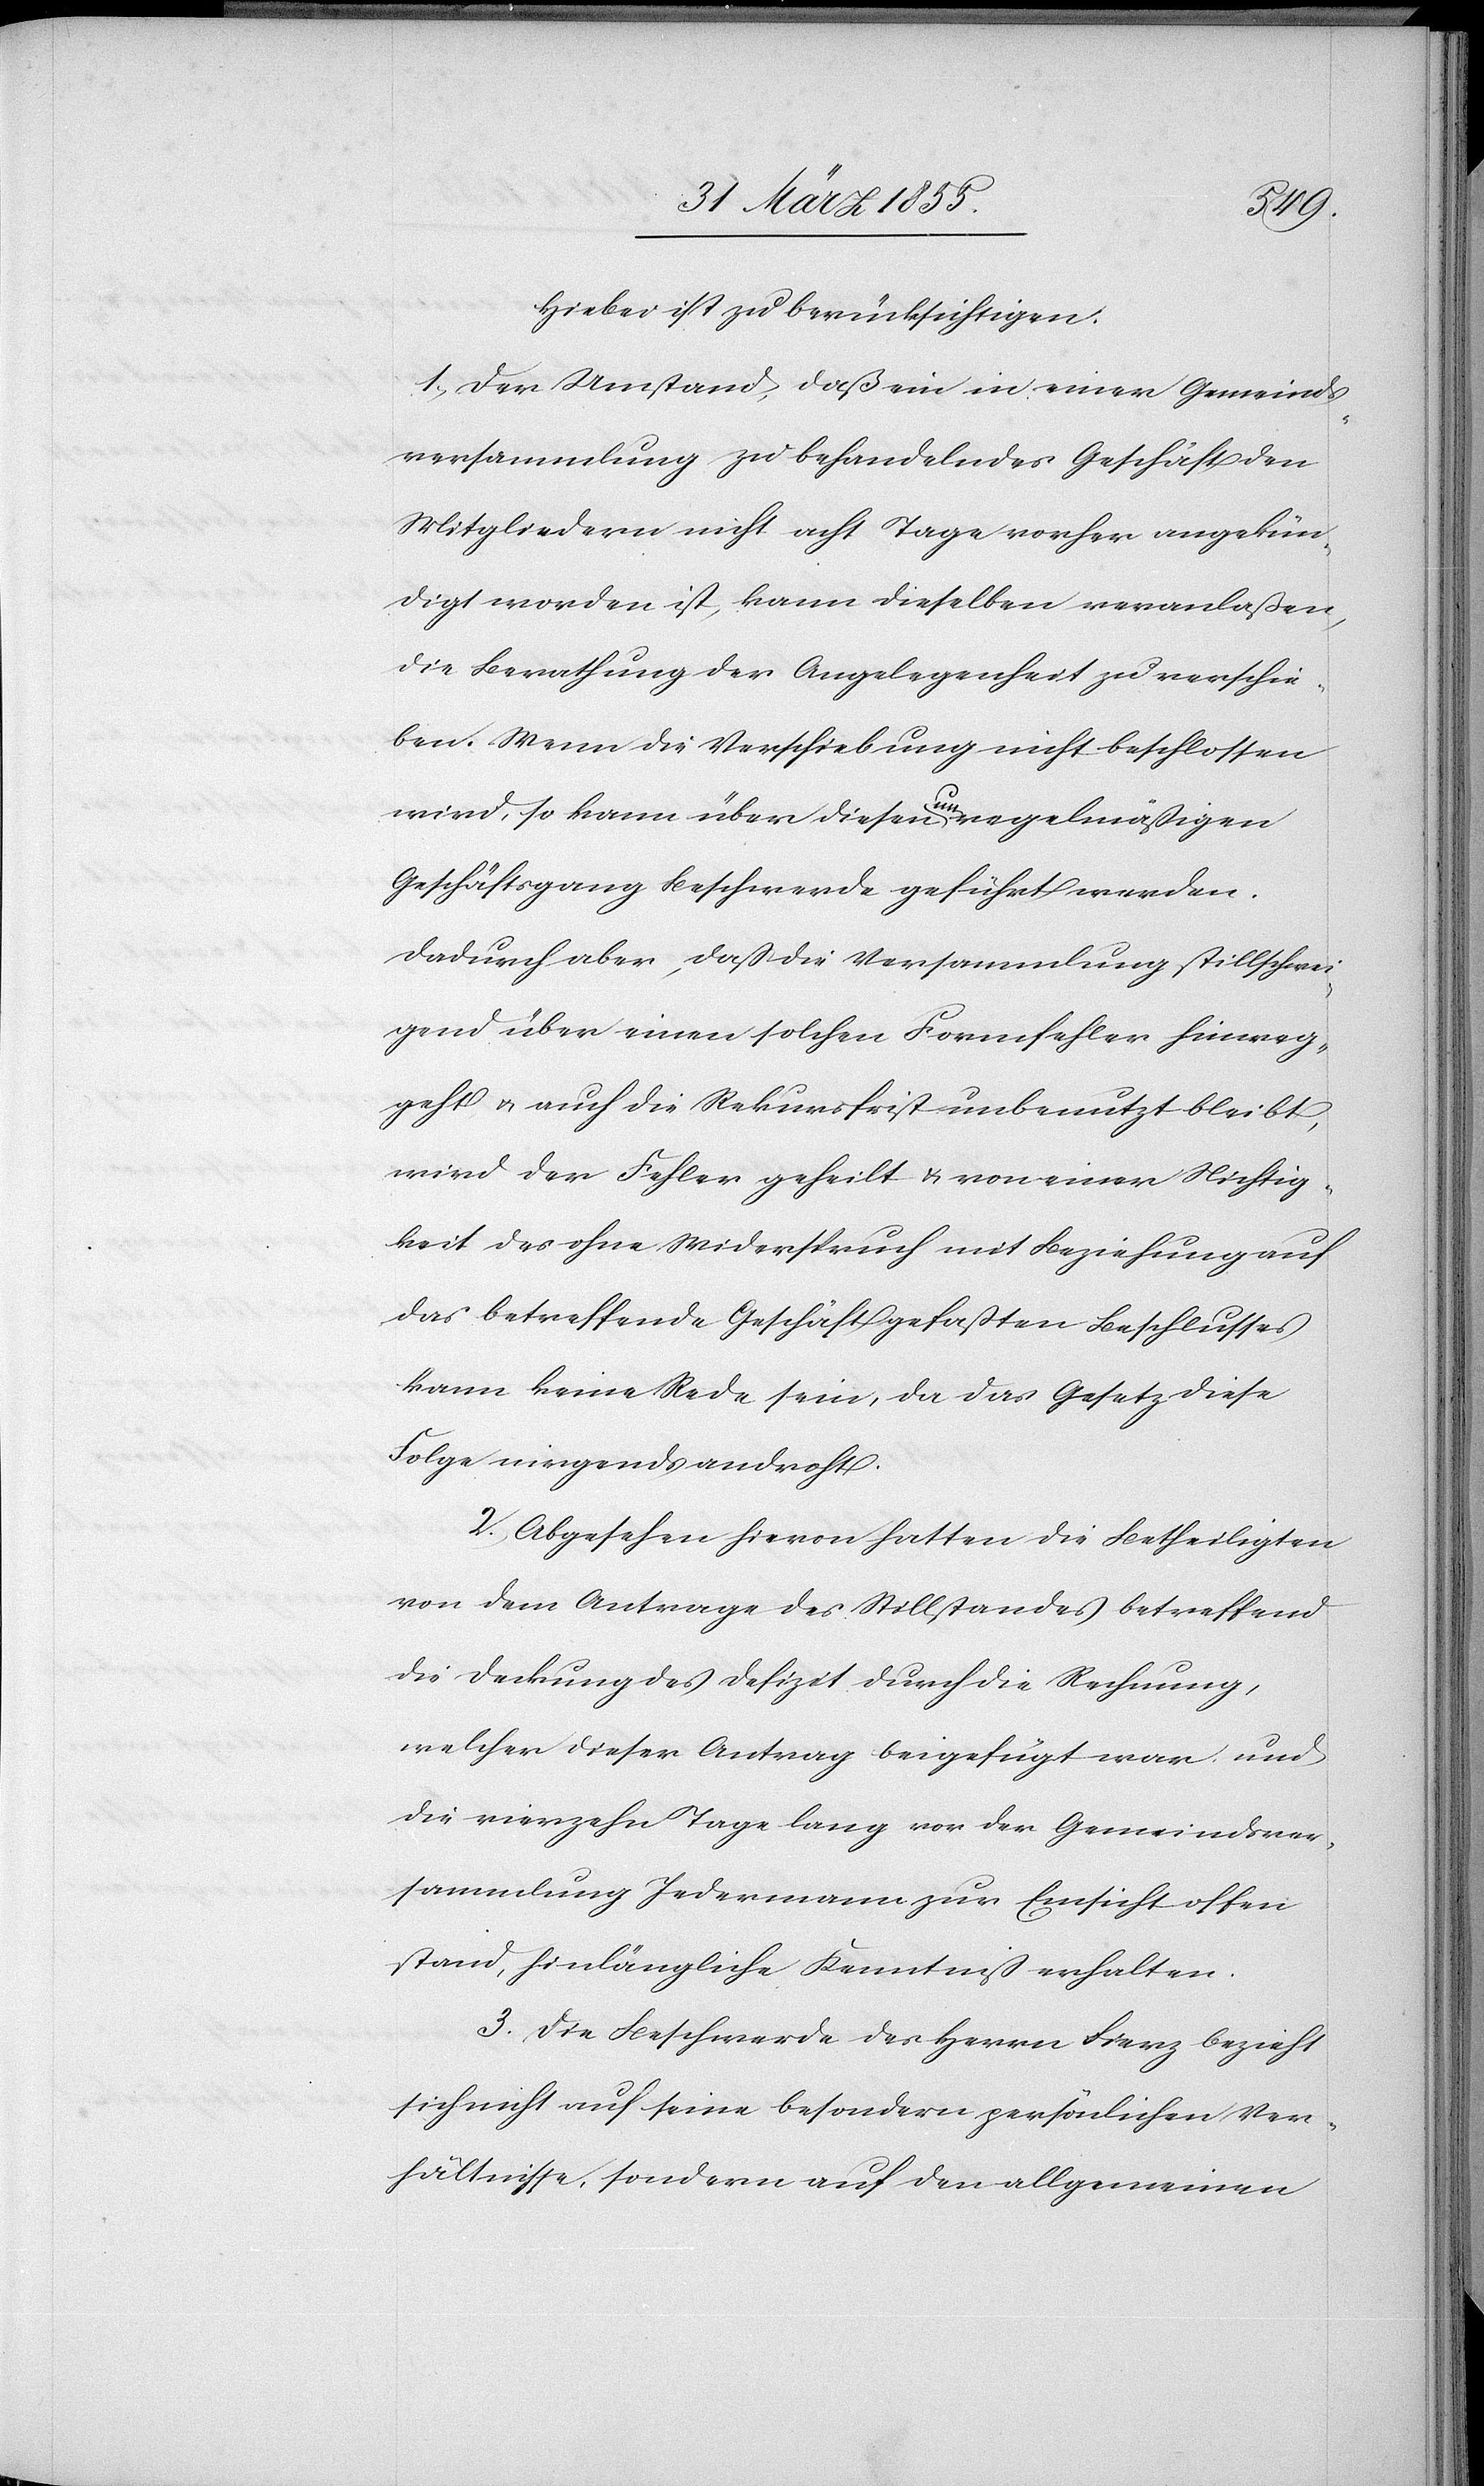
Hiebei ist zu berücksichtigen:
1, Der Umstand, daß ein in einer Gemeinds¬
versammlung zu behandelndes Geschäft den
Mitgliedern nicht acht Tage vorher angekün¬
digt worden ist, kann dieselben veranlaßen,
die Berathung der Angelegenheit zu verschie¬
ben. Wenn die Verschiebung nicht beschlossen
wird, so kann über diesen unregelmäßigen
Geschäftsgang Beschwerde geführt werden.
Dadurch aber, daß die Versammlung stillschwei¬
gend über einen solchen Formfehler hinweg¬
geht & auch die Rekursfrist unbenutzt bleibt,
wird der Fehler geheilt & von einer Nichtig¬
keit des ohne Widerspruch mit Beziehung auf
das betreffende Geschäft gefaßten Beschlusses
kann keine Rede sein, da das Gesetz diese
Folge nirgends androht.
2, Abgesehen hievon hatten die Betheiligten
von dem Antrage des Stillstandes betreffend
die Deckung des Defizit durch die Rechnung,
welcher dieser Antrag beigefügt war und
die vierzehn Tage lang vor der Gemeindsver¬
sammlung Jedermann zur Einsicht offen
stand, hinlängliche Kenntniß erhalten.
3. Die Beschwerde des Herrn Fierz bezieht
sich nicht auf seine besondern persönlichen Ver¬
hältnisse, sondern auf den allgemeinen